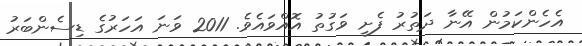
އެހެންކަމުން އޭނާ ދަތުރު ފެށީ ވަގުތު އޮއްވައެވެ. 2011 ވަނަ އަހަރުގެ ޑިސެންބަރު